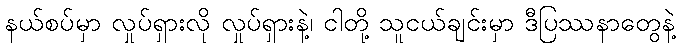
နယ်စပ်မှာ လှုပ်ရှားလို လှုပ်ရှားနဲ့၊ ငါတို့ သူငယ်ချင်းမှာ ဒီပြဿနာတွေနဲ့